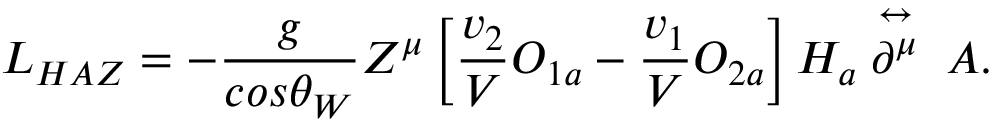
{ \cal L } _ { H A Z } = - \frac { g } { c o s \theta _ { W } } Z ^ { \mu } \left[ \frac { v _ { 2 } } { V } O _ { 1 a } - \frac { v _ { 1 } } { V } O _ { 2 a } \right] H _ { a } \stackrel { \leftrightarrow } { \partial ^ { \mu } } \; A .